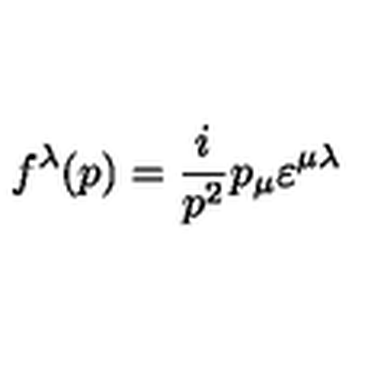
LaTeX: f ^ { \lambda } ( p ) = \frac { i } { p ^ { 2 } } p _ { \mu } \varepsilon ^ { \mu \lambda }